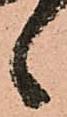
候